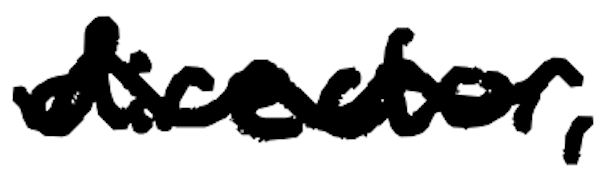
Text: director,
Cross-out: wave
Writing tool: digital_black